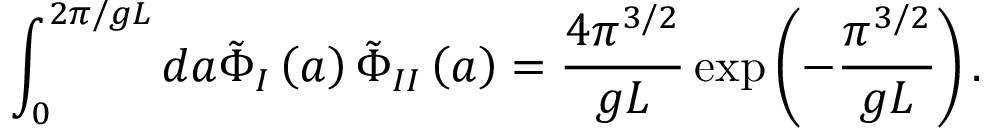
\int _ { 0 } ^ { 2 \pi / g L } d a \tilde { \Phi } _ { I } \left( a \right) \tilde { \Phi } _ { I I } \left( a \right) = \frac { 4 \pi ^ { 3 / 2 } } { g L } \exp \left( - \frac { \pi ^ { 3 / 2 } } { g L } \right) .